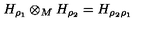
H _ { \rho _ { 1 } } \otimes _ { M } H _ { \rho _ { 2 } } = H _ { \rho _ { 2 } \rho _ { 1 } }